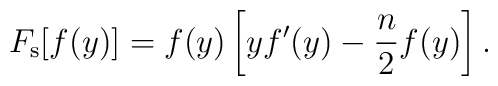
F_{{\rm s}}[f(y)]=f(y)\left[ yf^{\prime }(y)-\frac{n}{2}f(y)\right] .